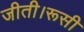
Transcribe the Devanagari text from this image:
जीती।रूसी